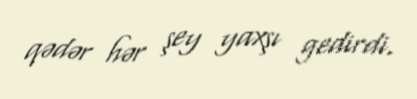
qədər hər şey yaxşı gedirdi.